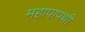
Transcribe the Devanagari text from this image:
महापापथी